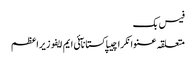
فیس بک
متعلقہ عنوانکراچیپاکستانآئی ایم ایفوزیراعظم